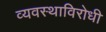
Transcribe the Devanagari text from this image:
व्यवस्थाविरोधी